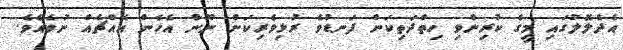
އެދެލޮލުގައި މީގެ ކުރިންވި ހިތްދަތިކަން ފަނޑުވެ ރުޅިވެރިކަން ނޫން އެހެން އެއްޗެއް ނުވެއެވެ.